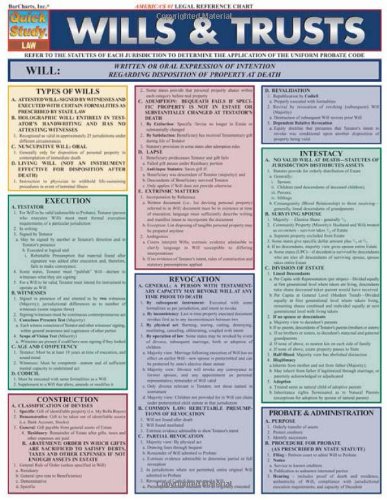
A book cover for Wills And Trusts (Quickstudy: Law); Inc. BarCharts; Law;